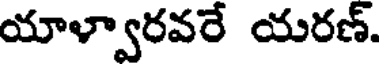
యాళ్వారవరే యరణ్.